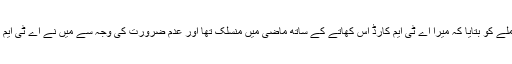
کاغذی کاروائی کے دوران میں نے عملے کو بتایا کہ میرا اے ٹی ایم کارڈ اس کھاتے کے ساتھ ماضی میں منسلک تھا اور عدم ضرورت کی وجہ سے میں نے اے ٹی ایم کارڈ کی سہولت منسوخ کروا دی تھی۔